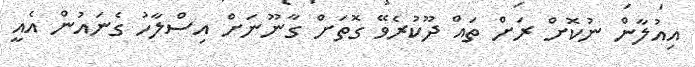
އިއުލާން ނުކޮށް ރަށް ތައް ދޫކުރެވޭ ގޮތަށް ގާނޫނަށް އިސްލާހު ގެނައުން އެއީ